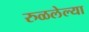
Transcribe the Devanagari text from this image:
रुळलेल्या